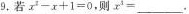
9.若$$x ^ { 2 } - x + 1 = 0$$,则$$x ^ { 3 } =$$___.